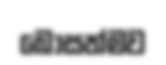
බෝසත්මව